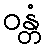
ဝန္တံ